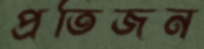
প্রতিজন